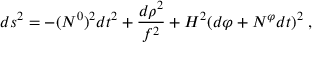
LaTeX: d s ^ { 2 } = - ( N ^ { 0 } ) ^ { 2 } d t ^ { 2 } + \frac { d \rho ^ { 2 } } { f ^ { 2 } } + H ^ { 2 } ( d \varphi + N ^ { \varphi } d t ) ^ { 2 } \: ,